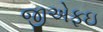
જીએફઇ